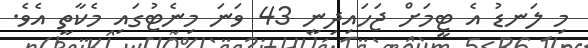
މި ލަނޑު އެ ޓީމަށް ޖަހައިދިނީ 43 ވަނަ މިނެޓުގައި މެކާތީ އެވެ.